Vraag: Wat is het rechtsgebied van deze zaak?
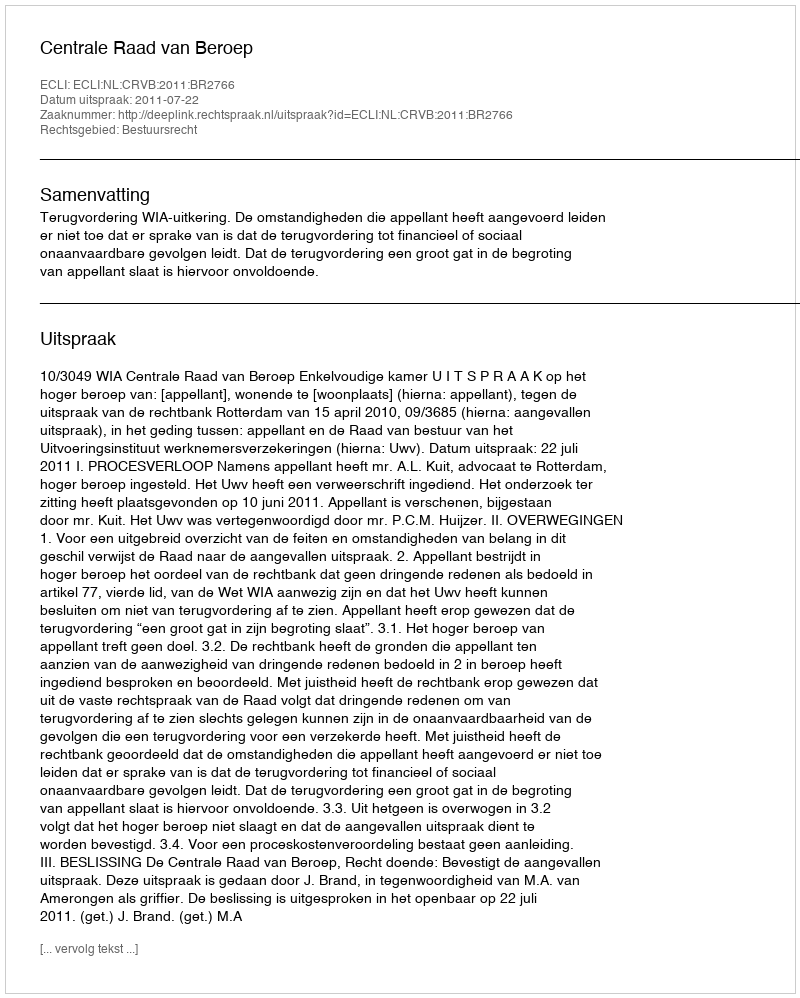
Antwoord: Bestuursrecht